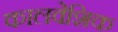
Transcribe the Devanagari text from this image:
कालवेशिक